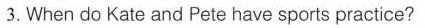
3.When do kate and Pete have sports praetice?